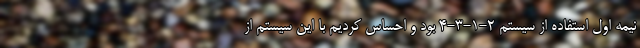
نیمه اول استفاده از سیستم 2-1-3-4 بود و احساس کردیم با این سیستم از